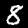
Digit: 8